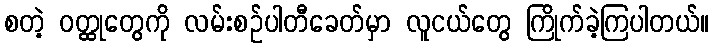
စတဲ့ ဝတ္ထုတွေကို လမ်းစဉ်ပါတီခေတ်မှာ လူငယ်တွေ ကြိုက်ခဲ့ကြပါတယ်။